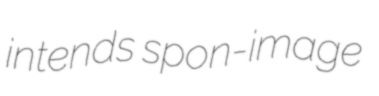
intends spon-image